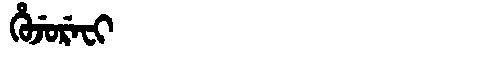
Manchu: ᡥᡠᠵᡠᡵᡝᠸᡳ
Romanization: HUJUREFI